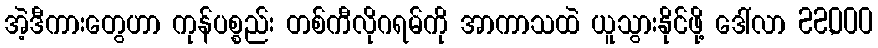
အဲ့ဒီကားတွေဟာ ကုန်ပစ္စည်း တစ်ကီလိုဂရမ်ကို အာကာသထဲ ယူသွားနိုင်ဖို့ ဒေါ်လာ 22,000